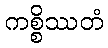
ကစ္စိဿတံ